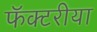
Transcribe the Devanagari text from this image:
फॅक्टरीया